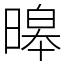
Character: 暤